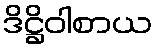
ဒိဋ္ဌိဝါစာယ